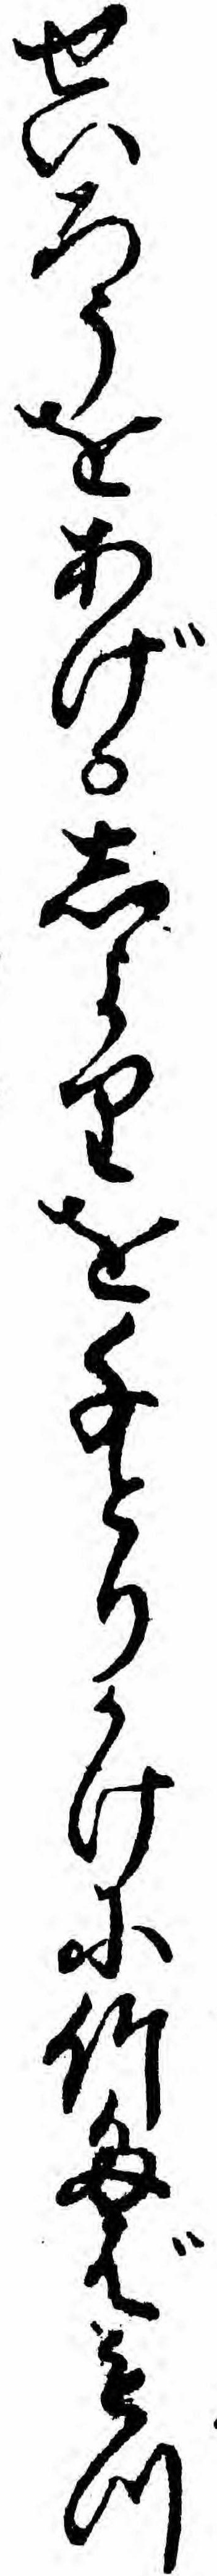
せいろうをあげしよりを千とりかけに竹たばもつ